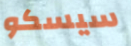
سيسكو